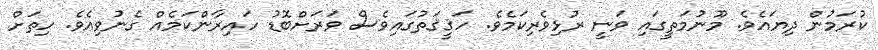
ކުރަމުން ދިޔައެވެ. މޫނުމަތީގައި ވަނީ ރުޅިވެރިކަމެވެ. ހަޤީޤަތުގައިވެސް ވަރަށްބޮޑު ހައިރާންކަމެއް ގެނުވިއެވެ. ހިތަށް